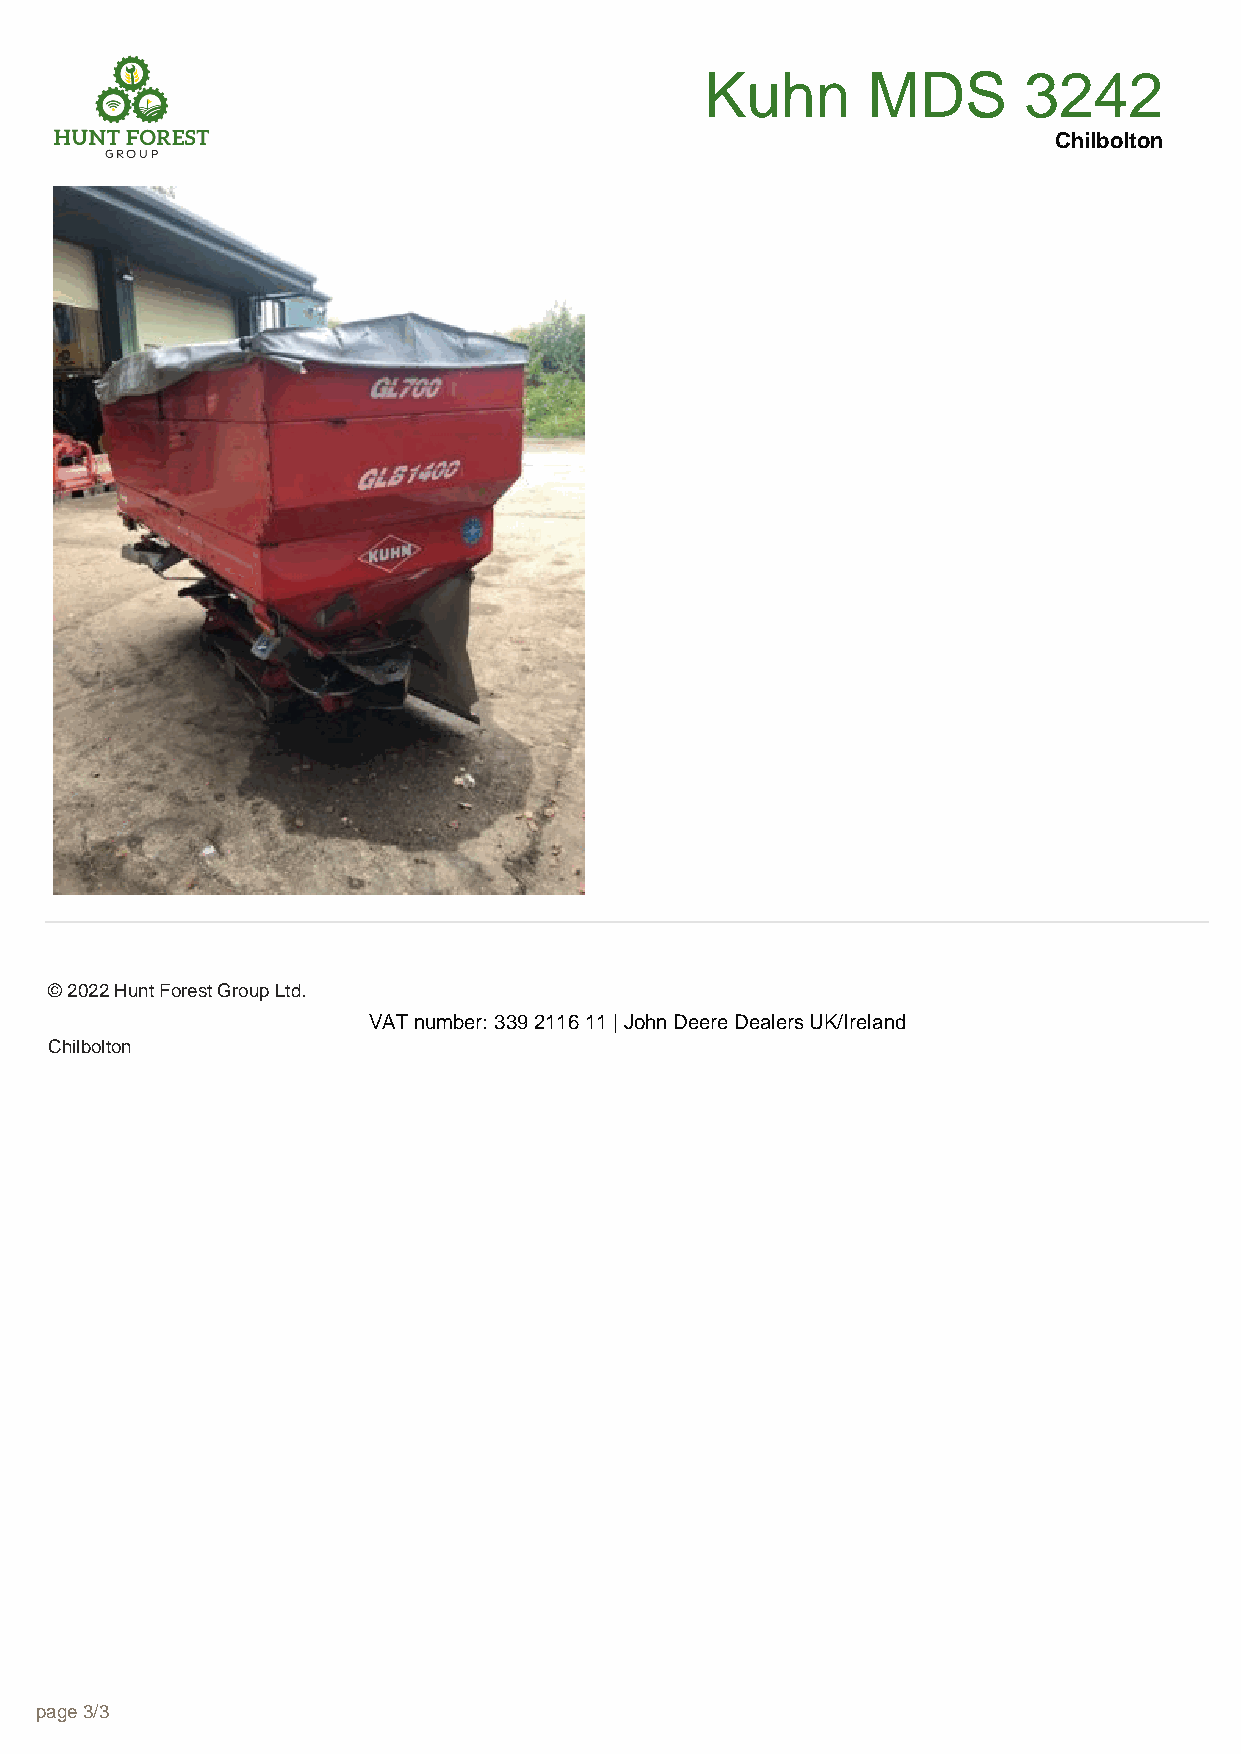
Kuhn      MDS        3242
 Chilbolton
 © 2022 Hunt Forest Group Ltd.
 VAT number: 339 2116 11 | John Deere Dealers UK/Ireland
 Chilbolton
 page 3/3